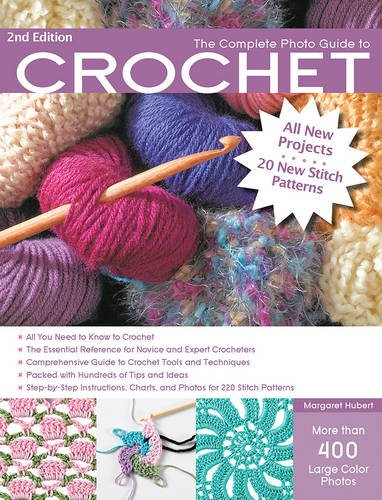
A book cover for The Complete Photo Guide to Crochet, 2nd Edition: *All You Need to Know to Crochet *The Essential Reference for Novice and Expert Crocheters ... Instructions for 220 Stitch Patterns; Margaret Hubert; Crafts, Hobbies & Home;